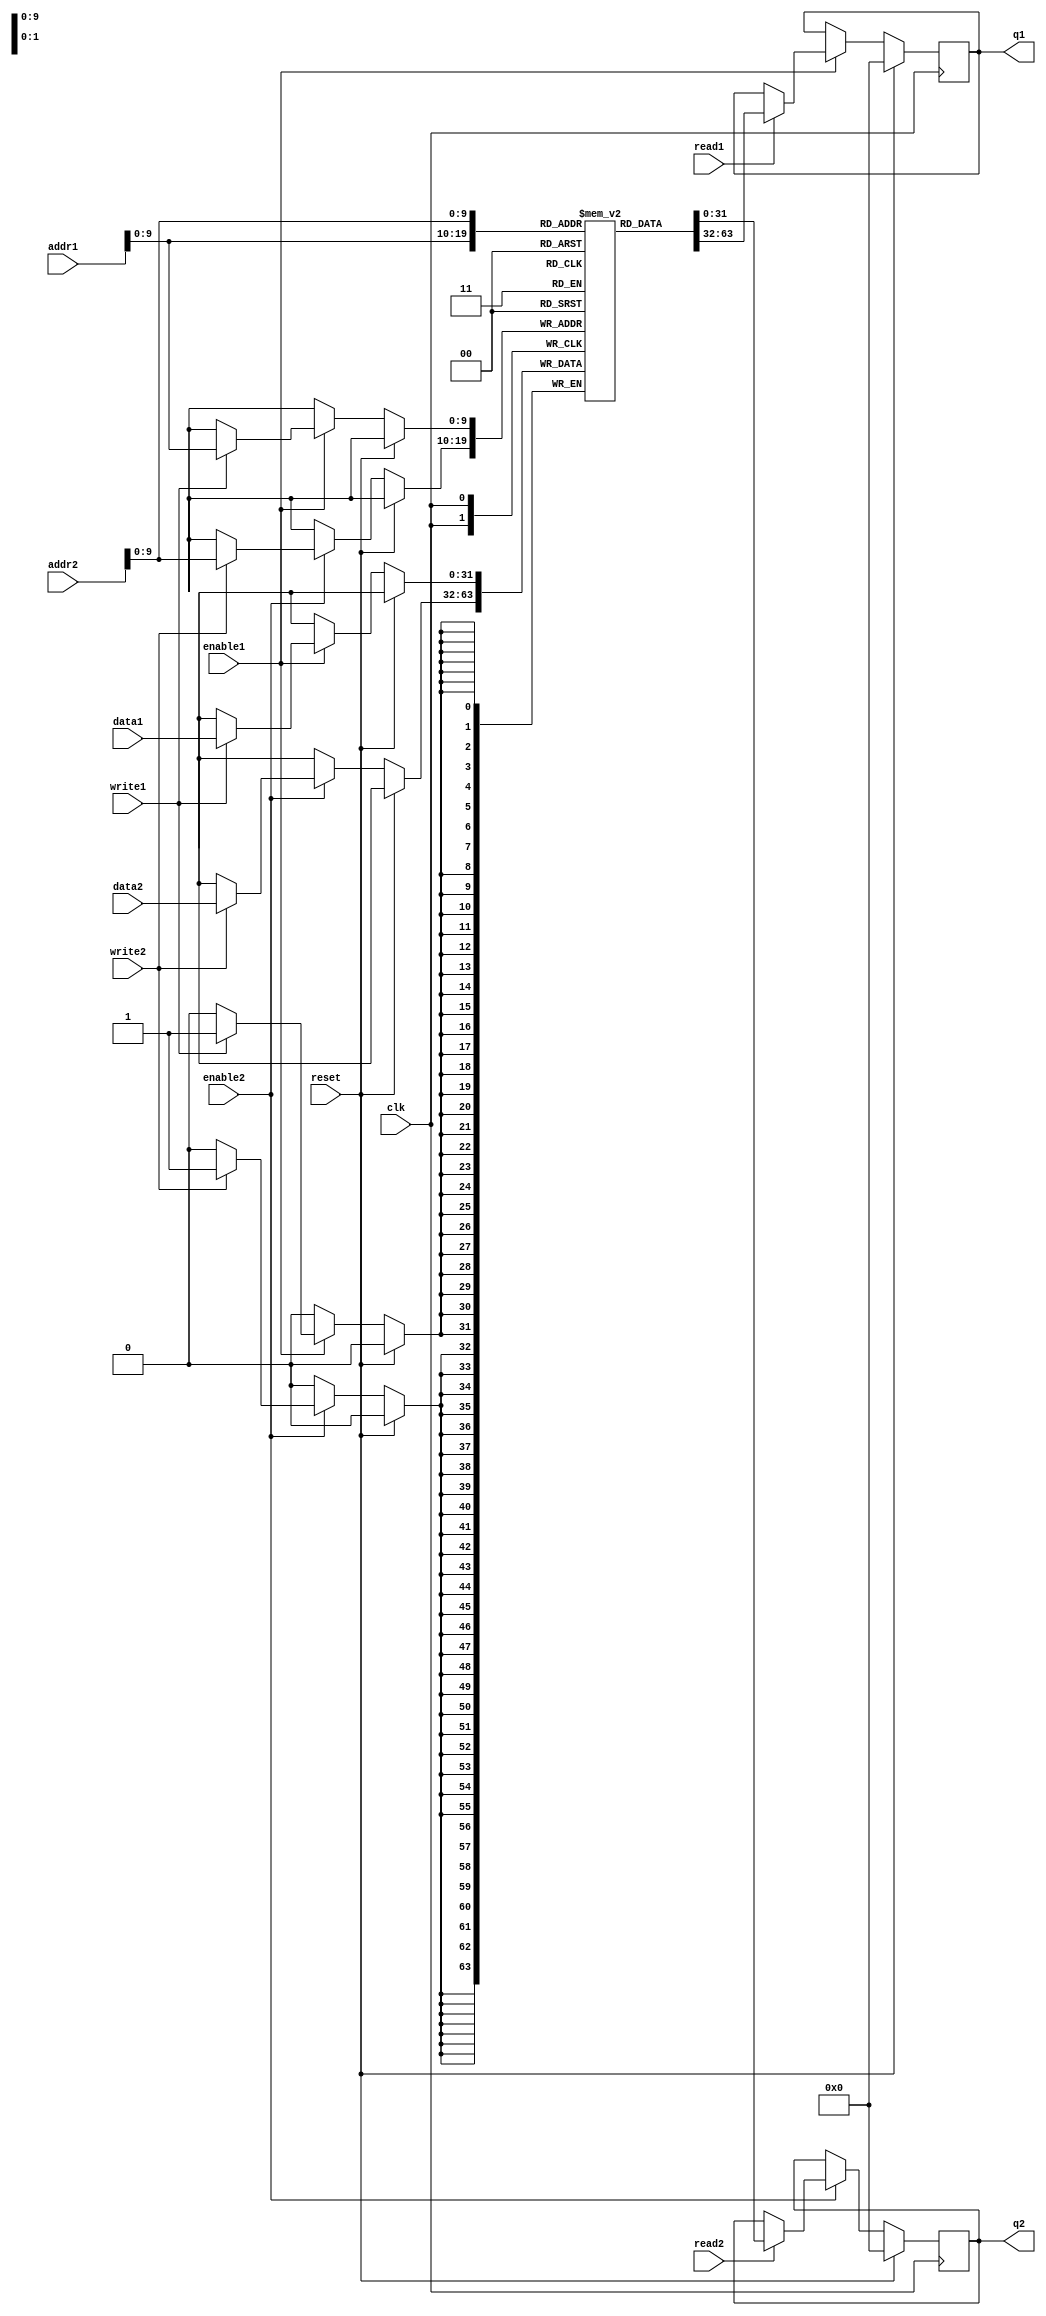
module dual_port_ram (
    input wire clk,
    input wire reset,
    input wire enable1,
    input wire read1,
    input wire write1,
    input wire [31:0] addr1,
    input wire [31:0] data1,
    output reg [31:0] q1,
    
    input wire enable2,
    input wire read2,
    input wire write2,
    input wire [31:0] addr2,
    input wire [31:0] data2,
    output reg [31:0] q2
);

reg [31:0] mem [0:1023];

always @ (posedge clk) begin
    if (reset) begin
        q1 <= 0;
        q2 <= 0;
    end else begin
        if (enable1) begin
            if (write1) begin
                mem[addr1] <= data1;
            end
            
            if (read1) begin
                q1 <= mem[addr1];
            end
        end
        
        if (enable2) begin
            if (write2) begin
                mem[addr2] <= data2;
            end
            
            if (read2) begin
                q2 <= mem[addr2];
            end
        end
    end
end

endmodule